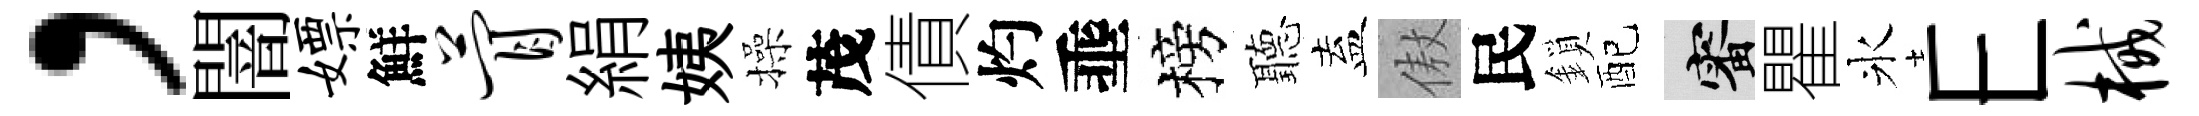
，闇嫖鮮瞢絹姨操茂債灼埀榜聽盍傲民鎖配審瞿氷E械